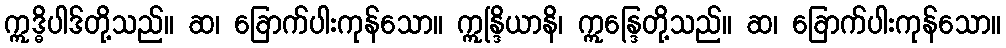
ဣဒ္ဓိပါဒ်တို့သည်။ ဆ၊ ခြောက်ပါးကုန်သော။ ဣန္ဒြိယာနိ၊ ဣန္ဒြေတို့သည်။ ဆ၊ ခြောက်ပါးကုန်သော။